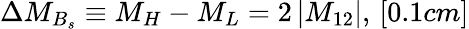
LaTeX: \Delta M_{B_{s}}\equiv M_{H}-M_{L}=2\, |M_{12}|,\, [0.1cm]